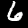
Label: 6